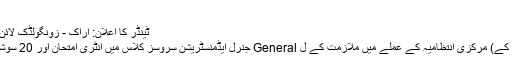
[مزید ...]
ٹینڈر کا اعلان: اراک - زونگولڈک لائن پر کنکریٹ ٹراسورس کی تبدیلی کا کام
سوشل سیکیورٹی انسٹی ٹیوشن (ایس جی کے) مرکزی انتظامیہ کے عملے میں ملازمت کے ل General جنرل ایڈمنسٹریشن سروسز کلاس میں انٹری امتحان اور 20 سوشل سیکیورٹی اسسٹنٹ ماہرین کو لے گی۔